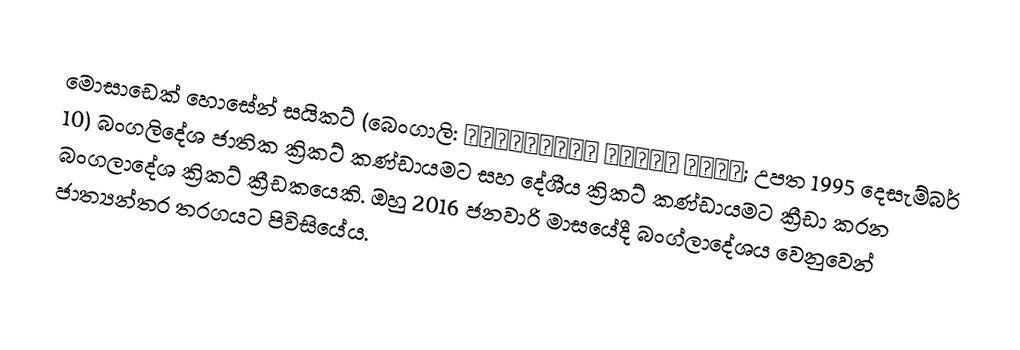
මොසාඩෙක් හොසේන් සයිකට් (බෙංගාලි: মোসাদ্দেক হোসেন সৈকত; උපත 1995 දෙසැම්බර් 10) බංගලිදේශ ජාතික ක්‍රිකට් කණ්ඩායමට සහ දේශීය ක්‍රිකට් කණ්ඩායමට ක්‍රීඩා කරන බංගලාදේශ ක්‍රිකට් ක්‍රීඩකයෙකි. ඔහු 2016 ජනවාරි මාසයේදී බංග්ලාදේශය වෙනුවෙන් ජාත්‍යන්තර තරගයට පිවිසියේය.